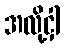
အလို့ငှါ